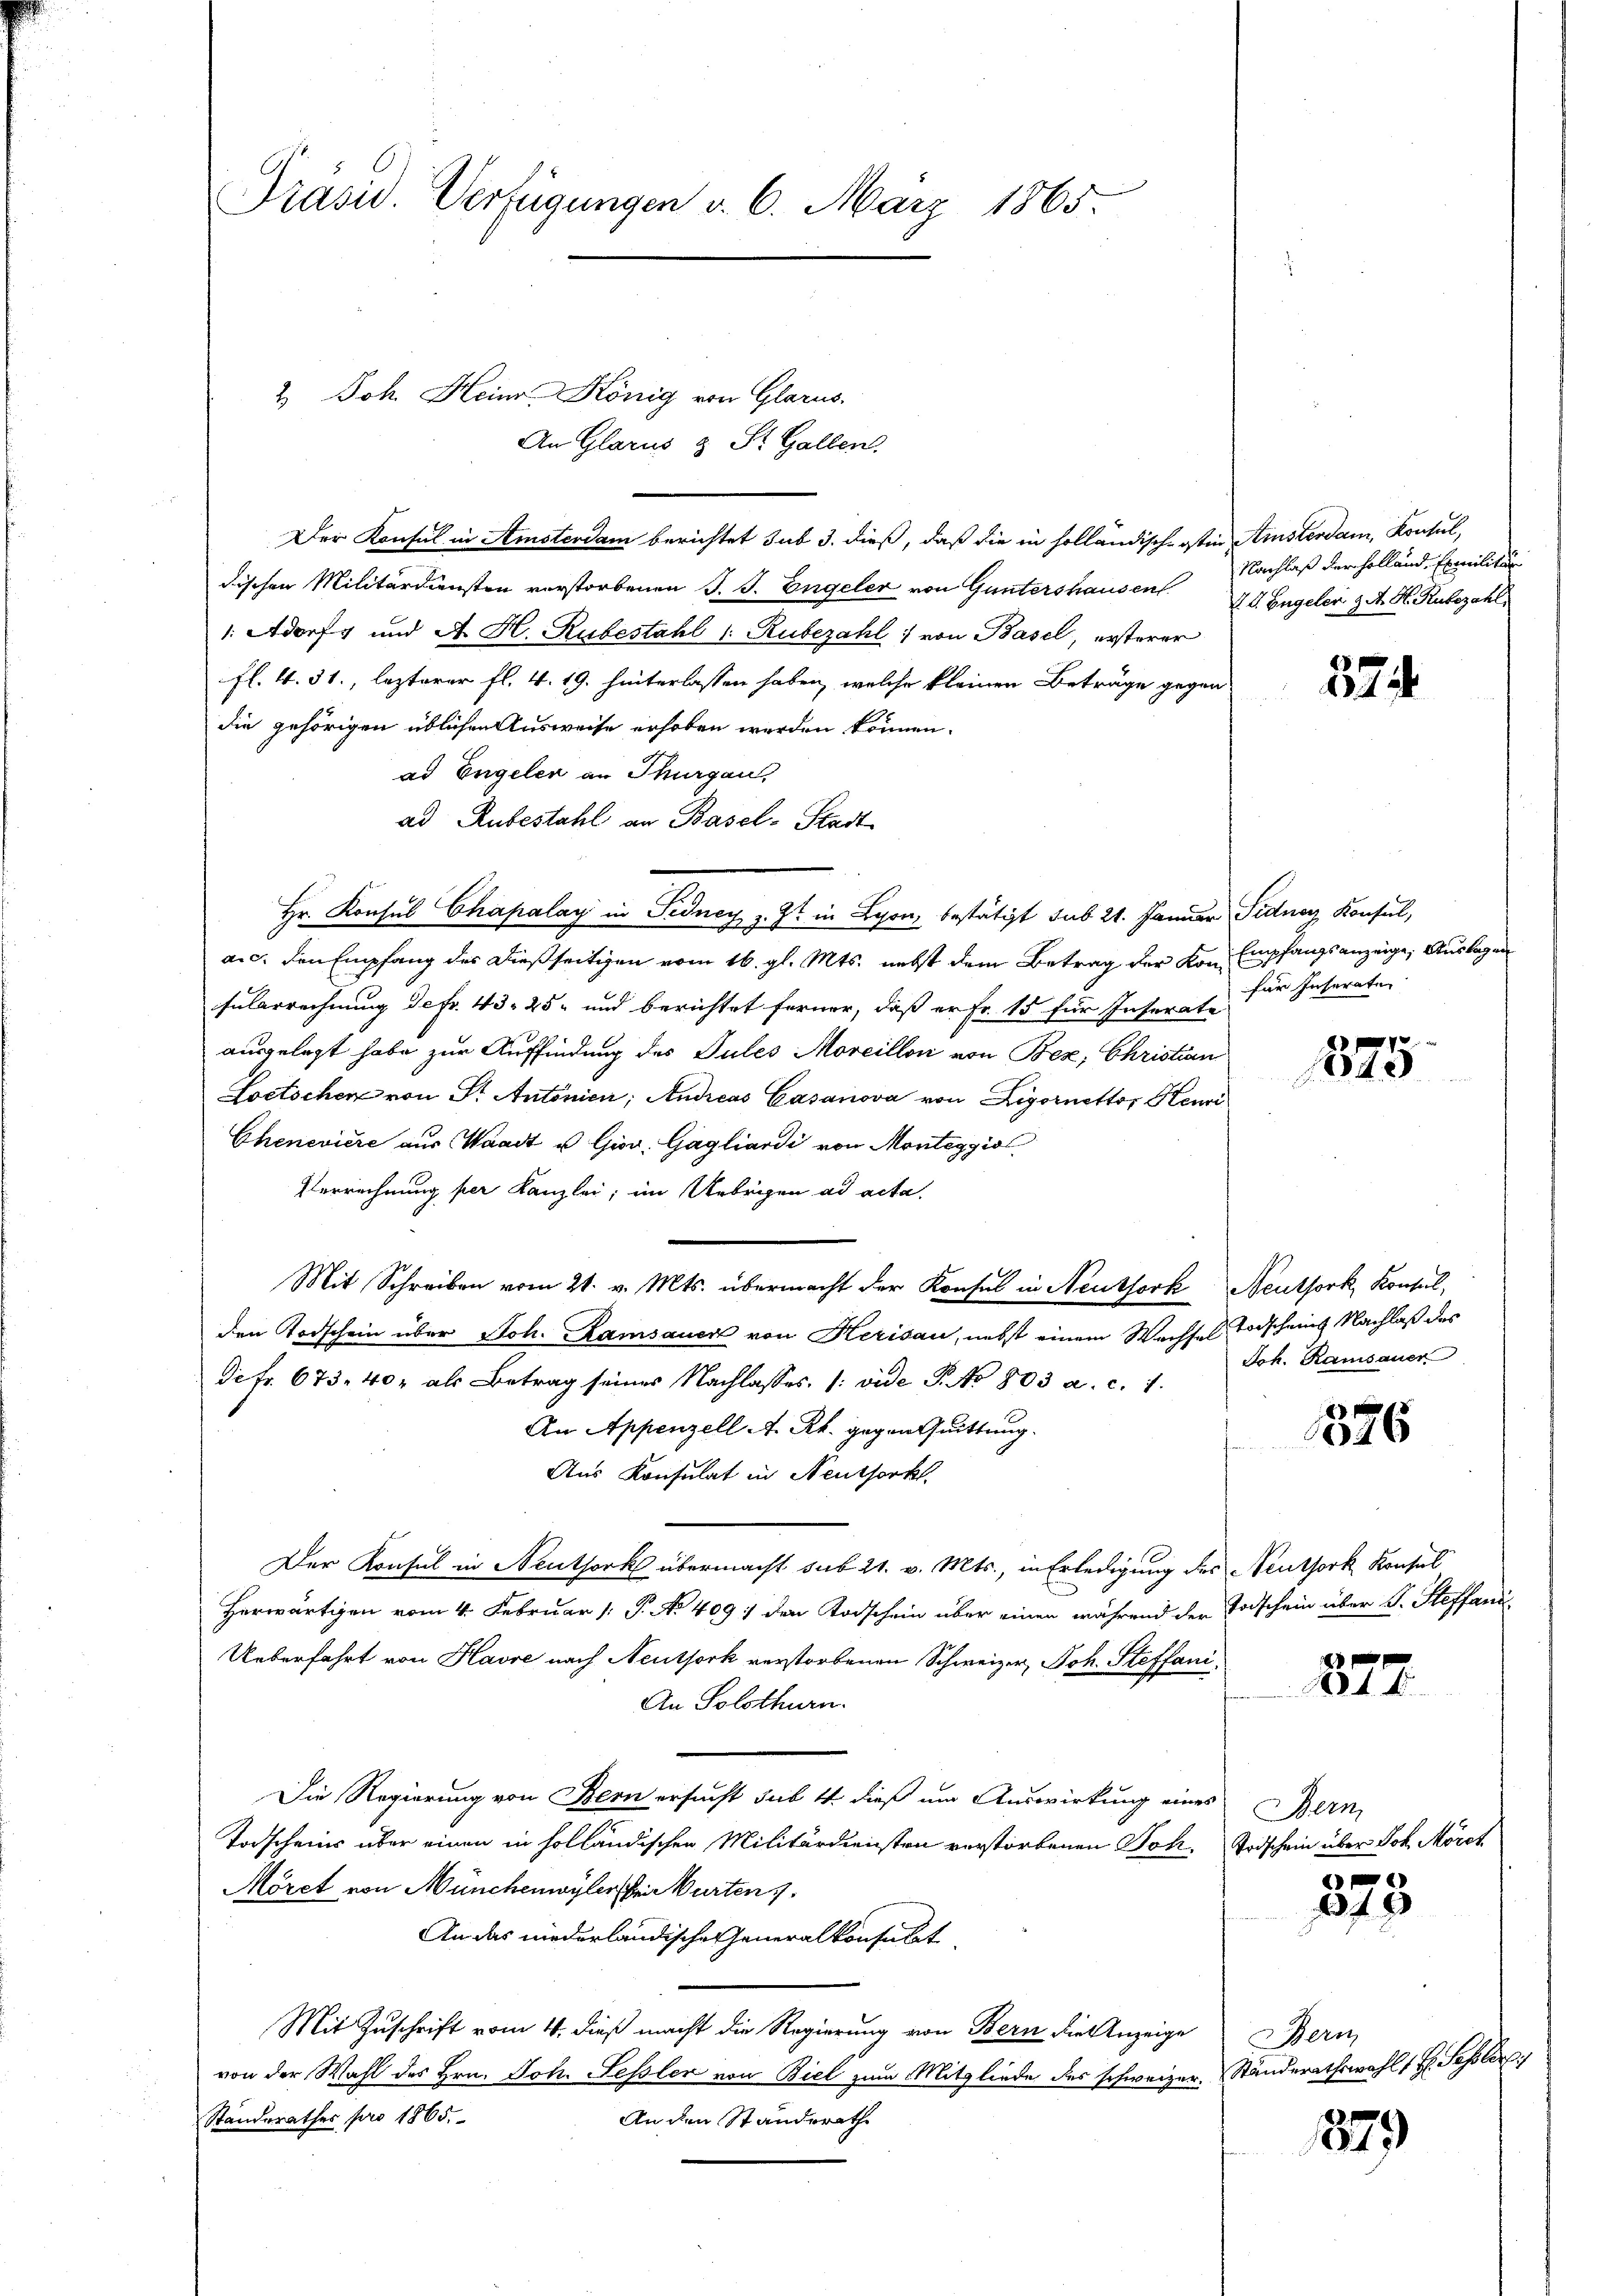
Präsid. Verfügungen d. 6. März 1865.

2 Joh. Heinr. König von Glarus.

Der Konsul in Amsterdam berichtet sub 3. dieß, daß die in holländisch-osten Amsterdam, Konsul,
dischen Militärdiensten verstorbenen J. J. Engeler von Guntershausen
1: Adorf und A. H. Rubestahl 1. Rubezahl von Basel, ersterer
fl. 4. 31., lezterer fl. 4. 19. hinterlassen haben, welche kleinen Beträge gegen
die gehörigen üblichen Ausweise erhoben werden können.
ad Engelen an Thurgau,
ad Rubestahl an Basel-Stadt
Hr. Konsul Chapalay in Fidney z. Zt. in Lyon, bestätigt sub 21. Januar Fidner Konsul,
a.c. den Empfang des dießseitigen vom 16. gl. Mts. nebst dem Betrag der Kon Empfangsanzeige, Auslage
fülarrechnung defr. 43. 25 und berichtet ferner, daß er Fr. 15 für Inserate
7
ausgelegt habe zur Auffindung des Pules Moreillon von Bez, Christian
Loetschen von Sr. Antonien, Andreas Casanova von Ligornettor Henri
Chenevière aus Waadt u Giov. Gagliardi von Montaggiol
Verrechnung per Kanzlei, im Uebrigen ad acta.
Mit Schreiben vom 21. v. Mts. übermacht der Konsul in Neuthork Neuthork, Konsul,
den Todschein über Joh. Ramsauer von Herisau, nebst einem Wachsel Todscheins Nachlaß des
di fr. 673. 40, als Betrag seines Nachlasses /: vide P. No 803 a. c. 1.
An Appenzell A. Rh. gegen Quittung
Aus Konsulat in Neuthork
Der Konsul in Neuthork übermacht sub 21. v. Mts., in Erledigung des Neuthork Konsul
Herwärtigen vom 4. Februar (: P. No. 409 : den Todschein über einen während der Todschein über L. Steffand
Ueberfahrt von Havre nach Neuthork verstorbenen Schweizer, Joh. Steffani¬
An Solothurn.
Die Regierung von Bern ersucht sub 4. dieß um Auswirkung eines Bern
Todscheins über einen in holländischen Militärdiensten vorstorbenen Joh. Todschein über Joh. Mörch
Möret von Münchenwyler bei Würten 7.
An das niederländische eneralkonsulat
Mit Zuschrift vom 4. dieß macht die Regierung von Bern die Anzeige Bern
von der Wahl des Hrn. Joh. Fessler von Biel zum Mitgliede des schweizer. Ständerathswahl 1 H. Septer
Standesrathes pro 1865.
An den Standerathe

An Glarus & St. Gallen.

Nachlaß der Holland Exmilitär
VV. Engeler z. A. H. Rubezahl

27

für Inseraten

70
1840

Joh. Ramsauer

8
046

0 20 x
44

E
1 f 2

1879